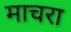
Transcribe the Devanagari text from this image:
माचरा